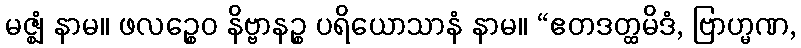
မဇ္ဈံ နာမ။ ဖလဉ္စေဝ နိဗ္ဗာနဉ္စ ပရိယောသာနံ နာမ။ “ဧတဒတ္ထမိဒံ, ဗြာဟ္မဏ,